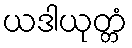
ယဒါယုတ္တံ